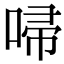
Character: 𠴵